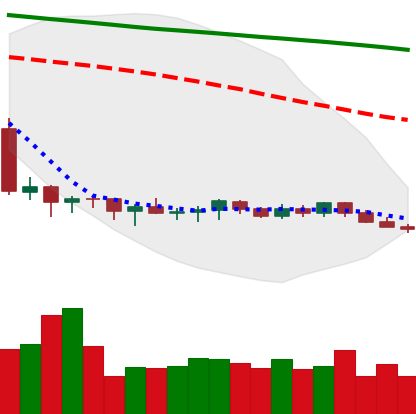
Ticker: XMR-USD
Chart end date: 2019-10-13
Forward return: 5.569%
Label: up_5_7